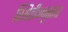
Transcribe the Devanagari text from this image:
स्थितीअनुसार